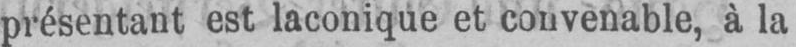
présentant est laconique et convenable, à la